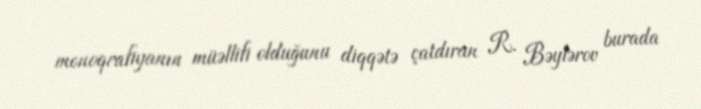
monoqrafiyanın müəllifi olduğunu diqqətə çatdıran R. Bəylərov burada